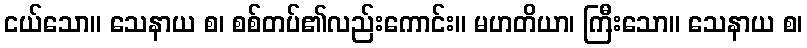
ငယ်သော။ သေနာယ စ၊ စစ်တပ်၏လည်းကောင်း။ မဟတိယာ၊ ကြီးသော။ သေနာယ စ၊